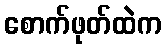
စောက်ဖုတ်ထဲက